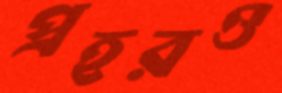
প্রহরও